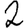
Digit: 2